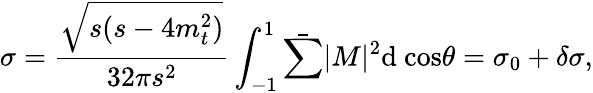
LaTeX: \sigma=\frac{\sqrt{s(s-4m_{t}^{2})}}{32\pi s^{2}}\int_{-1}^{1}\bar{\sum}|M|^{2}\mathrm{d\ cos}\theta=\sigma_{0}+\delta\sigma,